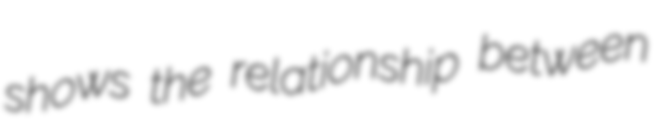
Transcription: shows the relationship between